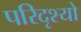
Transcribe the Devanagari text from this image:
परिदृश्‍यो